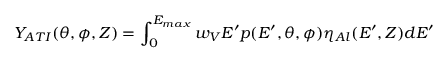
Y _ { A T I } ( \theta , \phi , Z ) = \int _ { 0 } ^ { E _ { m a x } } w _ { V } E ^ { \prime } p ( E ^ { \prime } , \theta , \phi ) \eta _ { A l } ( E ^ { \prime } , Z ) d E ^ { \prime }